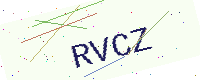
Text: RVCZ